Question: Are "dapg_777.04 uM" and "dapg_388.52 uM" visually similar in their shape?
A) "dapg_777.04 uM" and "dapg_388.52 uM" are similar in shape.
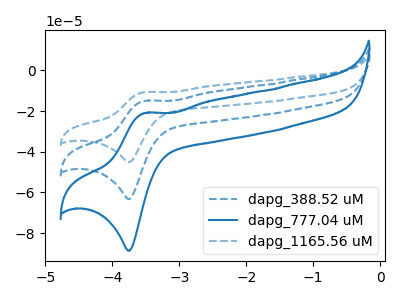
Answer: <think>The blue dashed curve "dapg_388.52 uM" has an anodic peak at (-3.50V, -14.95uA) and a cathodic peak at (-3.75V, -63.30uA). The blue curve "dapg_777.04 uM" has an anodic peak at (-3.50V, -20.95uA) and a cathodic peak at (-3.75V, -88.75uA). The blue dashed curve "dapg_1165.56 uM" has an anodic peak at (-3.50V, -29.90uA) and a cathodic peak at (-3.75V, -126.60uA).
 All the peaks in "dapg_777.04 uM" have a peak in "dapg_388.52 uM" at the same potential.</think>
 <answer>A) "dapg_777.04 uM" and "dapg_388.52 uM" are similar in shape.</answer>
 <eval>A</eval>